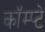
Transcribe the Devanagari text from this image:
कॉम्प्टे